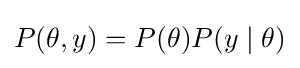
P(\theta ,y)=P(\theta )P(y\mid \theta )